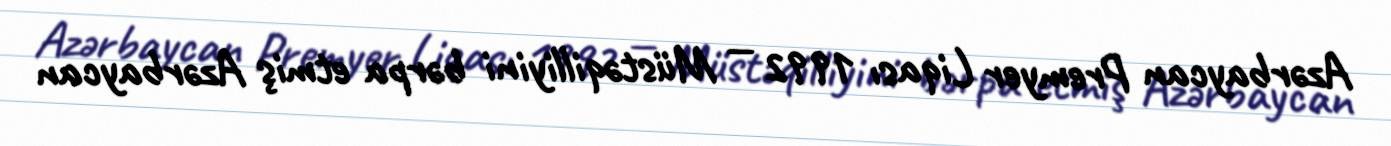
Azərbaycan Premyer Liqası 1992 — Müstəqilliyini bərpa etmiş Azərbaycan